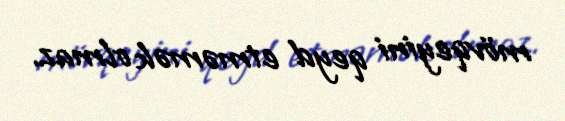
mövqeyini qeyd etməmək olmaz.